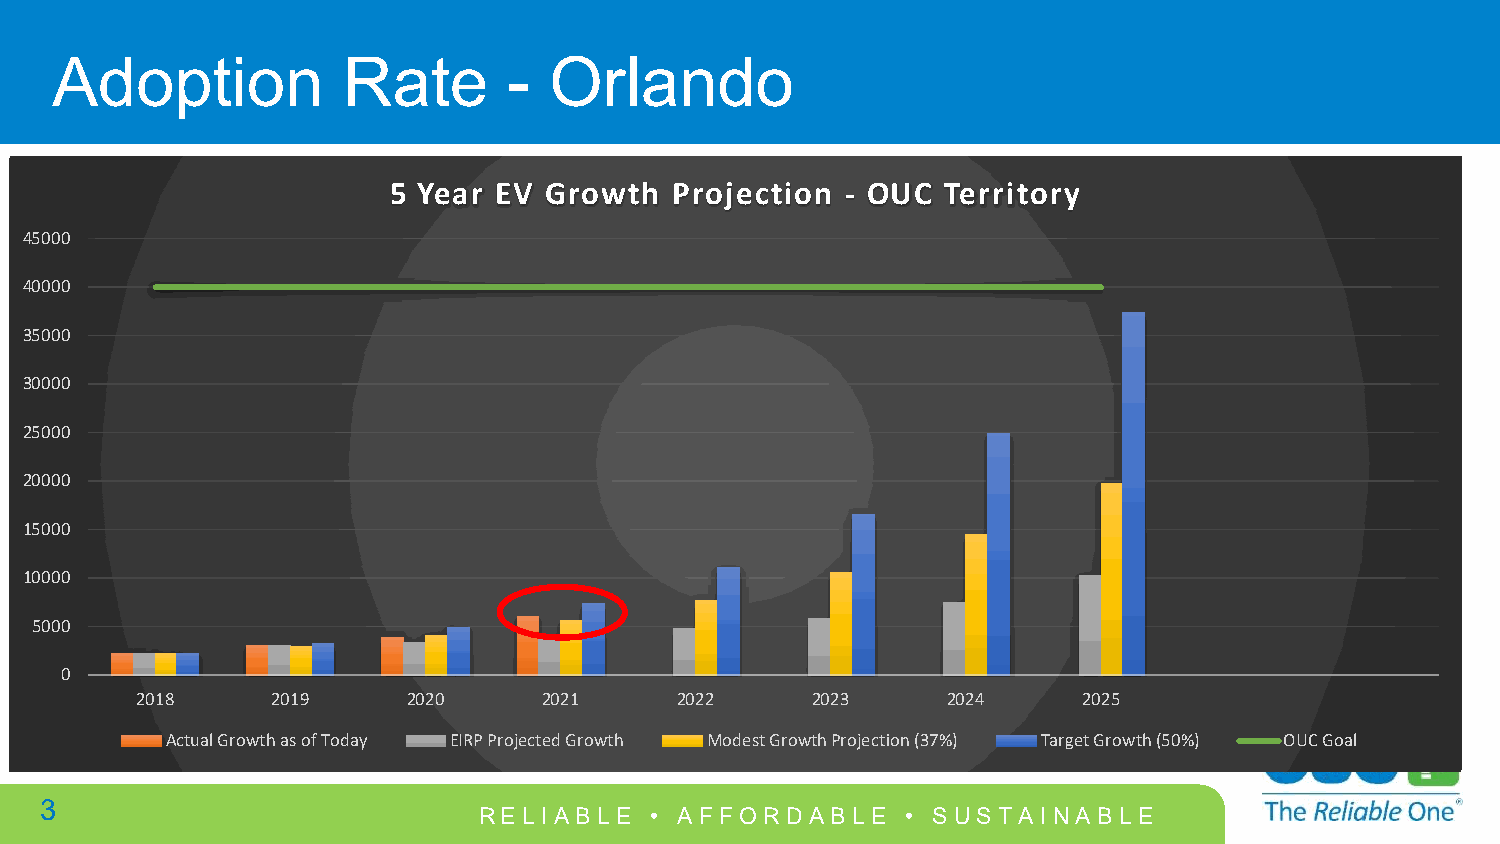
Adoption            Rate       - Orlando
 5 Year EV Growth   Projection - OUC  Territory
 45000
 40000
 35000
 30000
 25000
 20000
 15000
 10000
 5000
 0
 2018     2019     2020     2021     2022     2023     2024     2025
 Actual Growth as of Today EIRP Projected Growth Modest Growth Projection (37%) Target Growth (50%) OUC Goal
 3
 RELI ABLE  • AFFO  RDABLE   • SUST AI NABLE